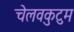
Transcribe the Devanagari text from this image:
चेलवकुटुम